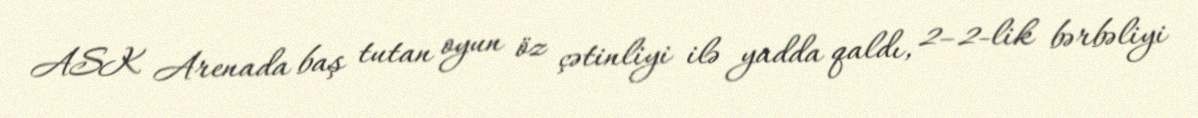
ASK Arenada baş tutan oyun öz çətinliyi ilə yadda qaldı, 2–2-lik bərbəliyi